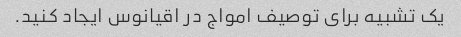
یک تشبیه برای توصیف امواج در اقیانوس ایجاد کنید.